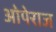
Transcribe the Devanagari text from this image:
ओपेराज